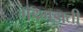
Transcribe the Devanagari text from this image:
गड़गड़ाती